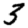
Digit: 3